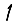
Digit: 1